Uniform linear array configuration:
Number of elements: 16
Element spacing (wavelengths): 1
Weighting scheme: blackman
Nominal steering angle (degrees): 0
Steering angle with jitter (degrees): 0.3243
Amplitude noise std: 0.05
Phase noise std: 0.05

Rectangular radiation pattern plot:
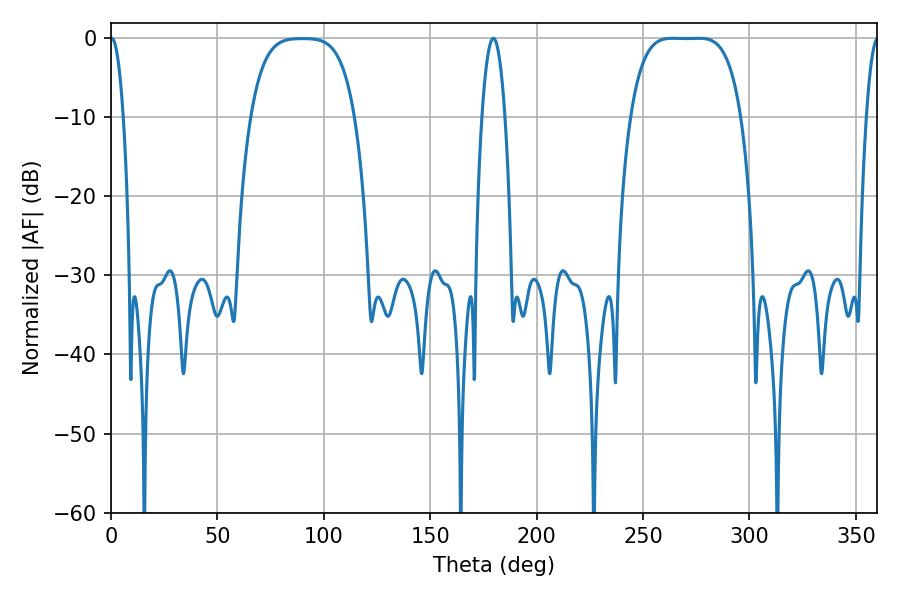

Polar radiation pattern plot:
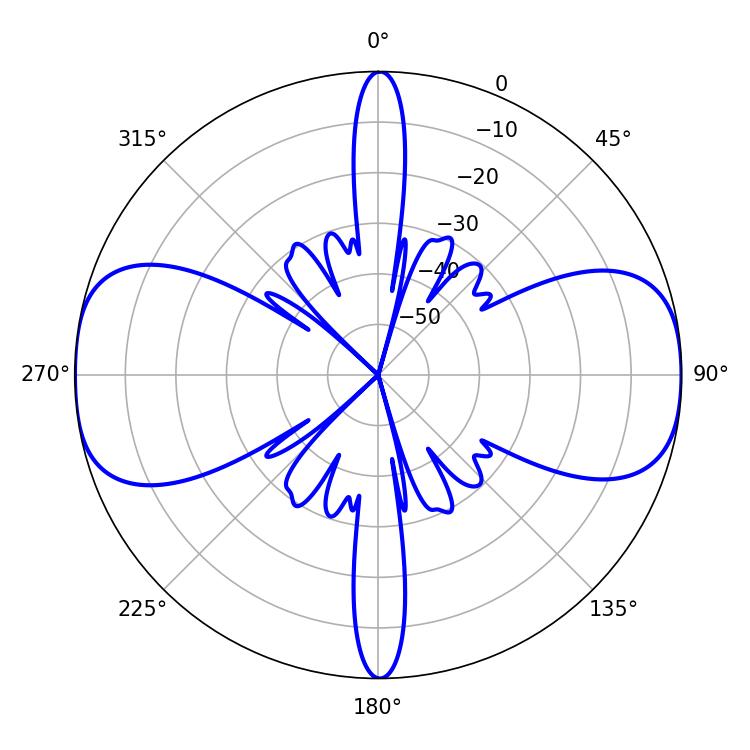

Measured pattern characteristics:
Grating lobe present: TRUE
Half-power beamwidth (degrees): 39.6
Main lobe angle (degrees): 263.7